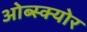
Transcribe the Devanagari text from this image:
ओब्स्क्योर